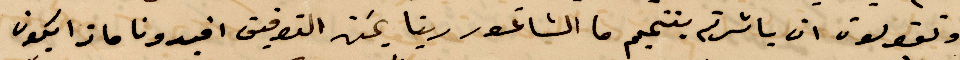
وتقولون ان باشرتم بتتميم ما الشاغور  ربما عن التوفيق افيدونا ماذا يكون